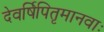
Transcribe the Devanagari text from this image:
देवर्षिपितृमानवाः